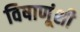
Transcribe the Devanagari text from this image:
विषाणूंशी